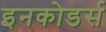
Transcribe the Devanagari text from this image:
इनकोडर्स